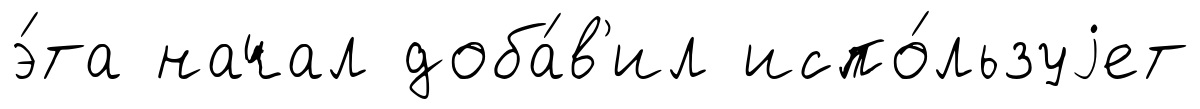
э́та начал доба́в'ил испо́льзуjет